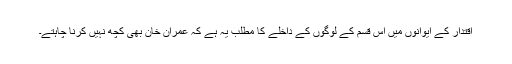
اقتدار کے ایوانوں میں اس قسم کے لوگوں کے داخلے کا مطلب یہ ہے کہ عمران خان بھی کچھ نہیں کرنا چاہتے۔